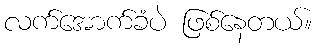
လက်အောက်ခံပဲ ဖြစ်နေတယ်။